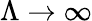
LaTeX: \Lambda\to\infty